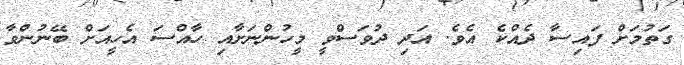
ގަތުމަށް ފައިސާ ދެއްކެ އެވެ. އަދި ދުވަސްވީ މީހުންނަށާއި ހާއްސަ އެހީއަށް ބޭނުންވާ